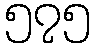
၅၇၅